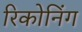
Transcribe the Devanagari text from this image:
रिकोनिंग